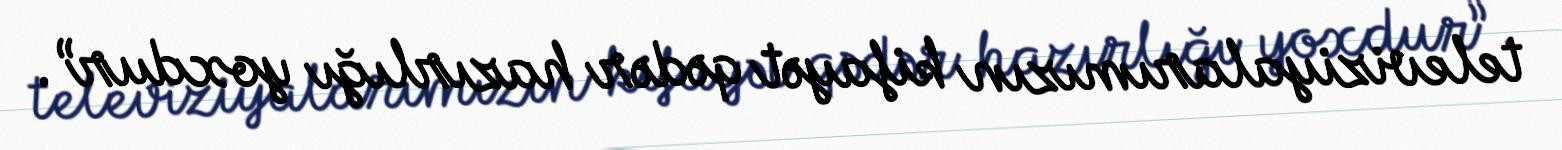
televiziyalarımızın kifayət qədər hazırlığı yoxdur”.